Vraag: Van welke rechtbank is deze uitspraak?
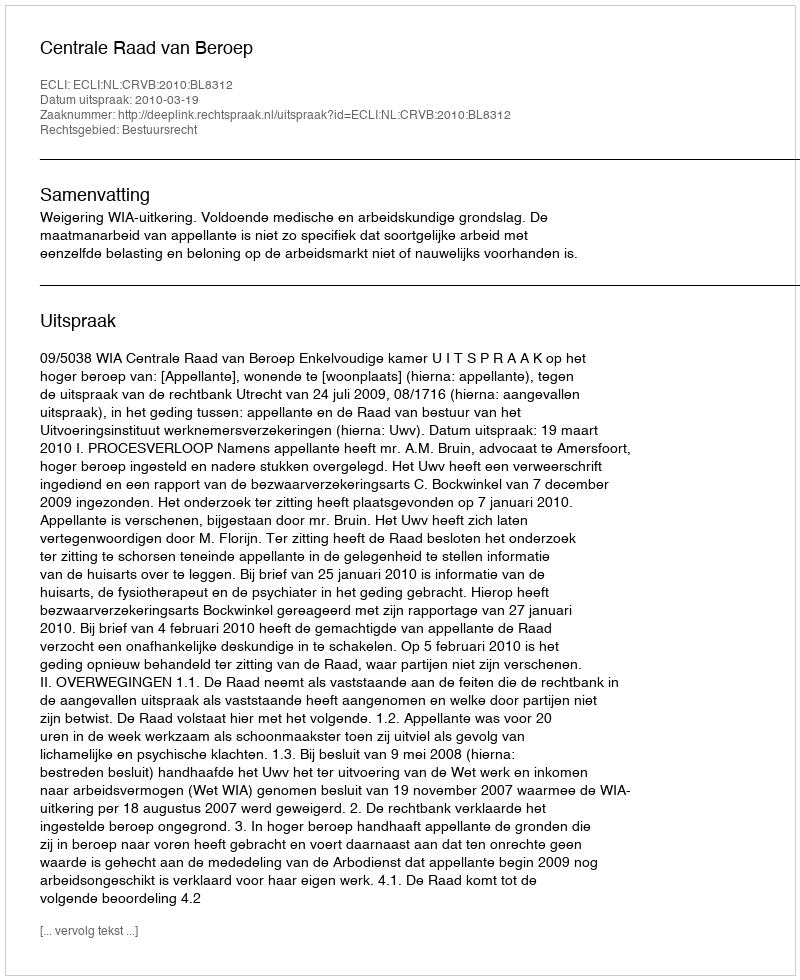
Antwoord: Centrale Raad van Beroep